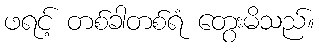
ဖရင့် တစ်ခါတစ်ရံ တွေးမိသည်။